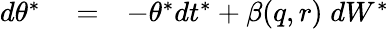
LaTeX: \begin{array}{rlr}{d\theta^{*}}&{{}=}&{-\theta^{*}dt^{*}+\beta(q,r)\; dW^{*}}\end{array}